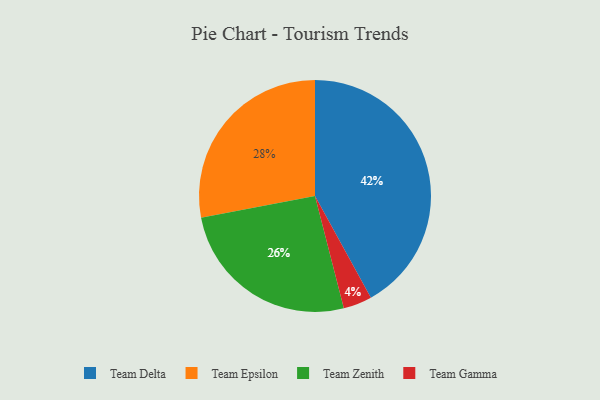
{"axis": {"x": "Category", "y": "Percentage"}, "legend": ["Team Delta", "Team Epsilon", "Team Gamma", "Team Zenith"], "data": [{"x": "Team Zenith", "y": 26, "type": "Team Zenith"}, {"x": "Team Gamma", "y": 4, "type": "Team Gamma"}, {"x": "Team Delta", "y": 42, "type": "Team Delta"}, {"x": "Team Epsilon", "y": 28, "type": "Team Epsilon"}]}